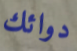
دوائك